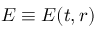
\boldsymbol { E } \equiv \boldsymbol { E } ( t , \boldsymbol { r } )